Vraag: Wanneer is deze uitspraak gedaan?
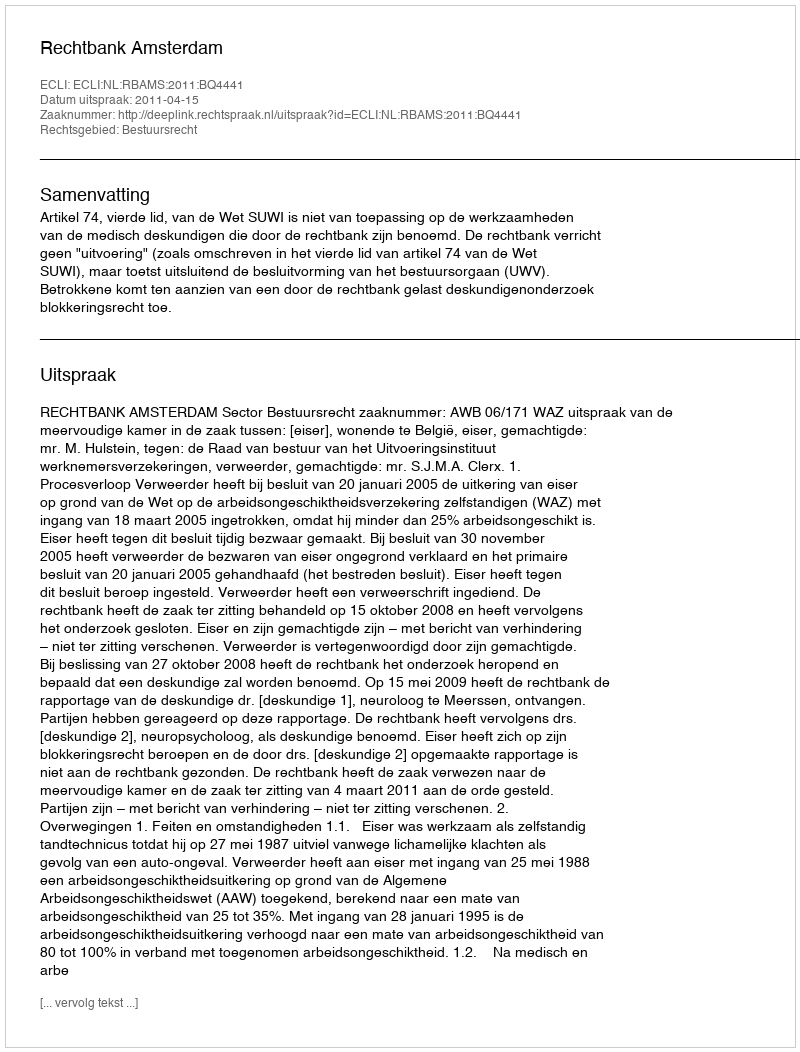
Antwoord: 2011-04-15